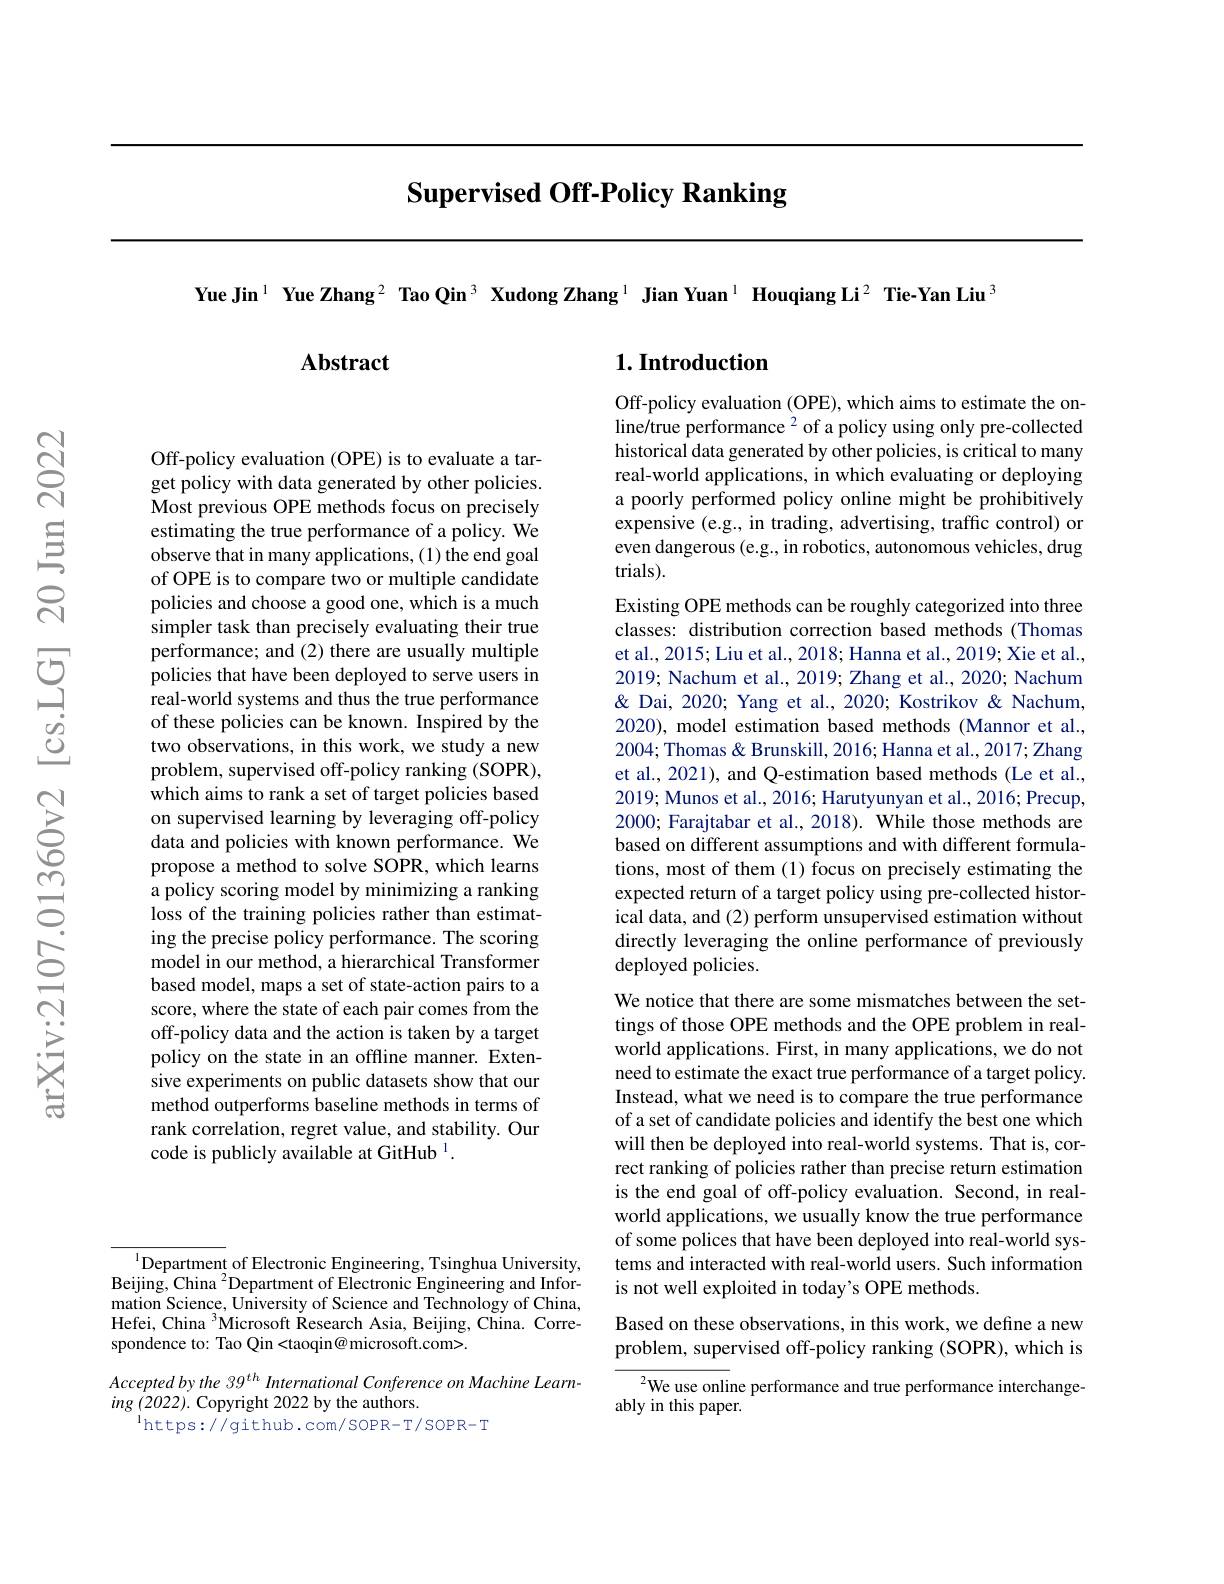
# Supervised Off-Policy Ranking

Yue Jin$^{1}$ Yue Zhang$^{2}$ Tao Qin$^{3}$ Xudong Zhang$^{1}$ Jian Yuan$^{1}$ Houqiang Li$^{2}$ Tie-Yan Liu$^{3}$

## $\mathbf{Abstract}$

Off-policy evaluation (OPE) is to evaluate a target policy with data generated by other policies. Most previous OPE methods focus on precisely estimating the true performance of a policy. We observe that in many applications, (1) the end goal of OPE is to compare two or multiple candidate policies and choose a good one, which is a much simpler task than precisely evaluating their true performance; and (2) there are usually multiple policies that have been deployed to serve users in real-world systems and thus the true performance of these policies can be known. Inspired by the two observations, in this work, we study a new problem, supervised off-policy ranking (SOPR), which aims to rank a set of target policies based on supervised learning by leveraging off-policy data and policies with known performance. We propose a method to solve SOPR, which learns a policy scoring model by minimizing a ranking loss of the training policies rather than estimating the precise policy performance. The scoring model in our method, a hierarchical Transformer based model, maps a set of state-action pairs to a score, where the state of each pair comes from the off-policy data and the action is taken by a target policy on the state in an offline manner. Extensive experiments on public datasets show that our method outperforms baseline methods in terms of rank correlation, regret value, and stability. Our code is publicly available at GitHub $^{1}.$

## $1. \textbf{Introduction}$

Off-policy evaluation (OPE), which aims to estimate the online/true performance $^2$ of a policy using only pre-collected historical data generated by other policies, is critical to many real-world applications, in which evaluating or deploying a poorly performed policy online might be prohibitively expensive (e.g., in trading, advertising, traffic control) or even dangerous (e.g., in robotics, autonomous vehicles, drug trials).
Existing OPE methods can be roughly categorized into three classes: distribution correction based methods (Thomas et al., 2015; Liu et al., 2018; Hanna et al., 2019; Xie et al., 2019; Nachum et al., 2019; Zhang et al., 2020; Nachum & Dai, 2020; Yang et al., 2020; Kostrikov & Nachum, 2020), model estimation based methods (Mannor et al., 2004; Thomas & Brunskill, 2016; Hanna et al., 2017; Zhang et al., 2021), and Q-estimation based methods (Le et al., 2019; Munos et al., 2016; Harutyunyan et al., 2016; Precup, 2000; Farajtabar et al., 2018). While those methods are based on different assumptions and with different formulations, most of them (1) focus on precisely estimating the expected return of a target policy using pre-collected historical data, and (2) perform unsupervised estimation without directly leveraging the online performance of previously deployed policies.
We notice that there are some mismatches between the settings of those OPE methods and the OPE problem in real-

world applications. First, in many applications, we do not need to estimate the exact true performance of a target policy. Instead, what we need is to compare the true performance of a set of candidate policies and identify the best one which will then be deployed into real-world systems. That is, correct ranking of policies rather than precise return estimation is the end goal of off-policy evaluation. Second, in realworld applications, we usually know the true performance of some polices that have been deployed into real-world systems and interacted with real-world users. Such information is not well exploited in today's OPE methods.

Based on these observations, in this work, we define a new problem, supervised off-policy ranking (SOPR), which is

$^{2}$We use online performance and true performance interchange-
ably in this paper.

$^{1}$Department of Electronic Engineering, Tsinghua University, Beijing, China $^{2}$Department of Electronic Engineering and Information Science, University of Science and Technology of China, Hefei, China $^3$Microsoft Research Asia, Beijing, China. Correspondence to: Tao Qin <taoqin@ microsoft.com>.
Accepted by the 39$^{th}$ International Conference on Machine Learn-
$ing\left(2022\right).$ Copyright 2022 by the authors.
$^{\mathrm{l}}$https://github.com/SOPR-T/SOPR-T